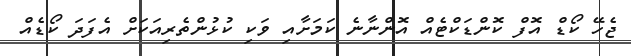
ޖެހޭ ކޯޑް އޮފް ކޮންޑަކްޓެއް އޮންނާނެ ކަމަށާއި ވަކި ކުޅުންތެރިއަކަށް އެފަދަ ކޯޑެއް